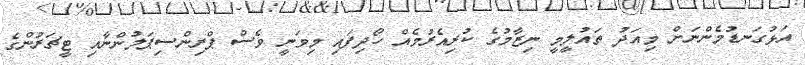
އަޅުގަނޑުމެންނަށް މިއަދު ތައުލީމީ ނިޒާމުގެ ކުރިއެރުމެއް ހޯދިފައި މިވަނީ ވެސް ޕްރިންސިޕަލުންނާއި ޓީޗަރުންގެ